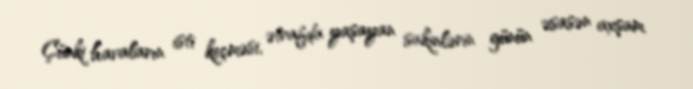
Çünki havaların isti keçməsi, ətrafda yaşayan sakinlərin günün əsasən axşam